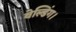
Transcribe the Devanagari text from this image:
वेल्डिंग।